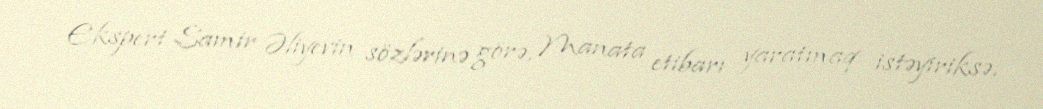
Ekspert Samir Əliyevin sözlərinə görə, Manata etibarı yaratmaq istəyiriksə,